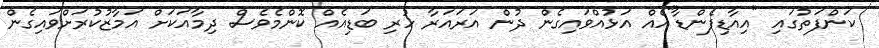
ކަންފަތުގައި "އިއާޑިފެންޑާ"އެއް އަޅުއްވައިގެން ދުން އަރައަރާ ހުރި ބަޑިއެއް ކޮންމެވެސް ދިމާއަކަށް އަމާޒުކުރަށްވައިގެން